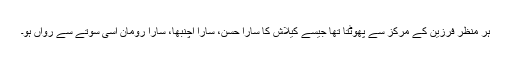
ہر منظر فرزین کے مرکز سے پھوٹتا تھا جیسے کیلاش کا سارا حسن، سارا اچنبھا، سارا رومان اسی سوتے سے رواں ہو۔